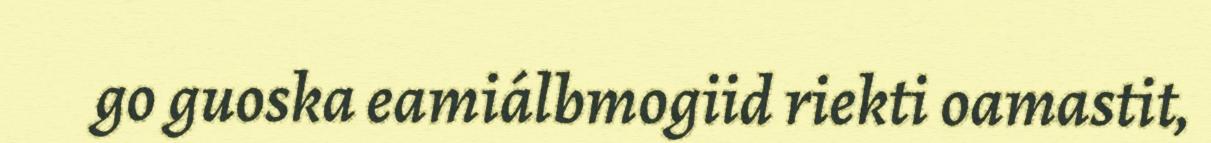
go guoska eamiálbmogiid riekti oamastit,